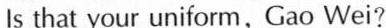
Is that your uniform，Gao Wei?